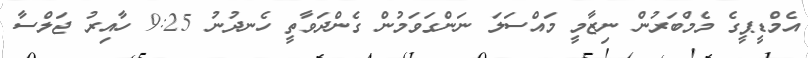
އެމްޑީޕީގެ މެމްބަރުން ނިޒާމީ މައްސަލަ ނަންގަވަމުން ގެންދަވާތީ ހެނދުނު 9:25 ހާއިރު ޖަލްސާ